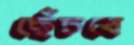
ছেঁচবে